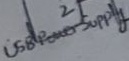
Text: USB Power Supply